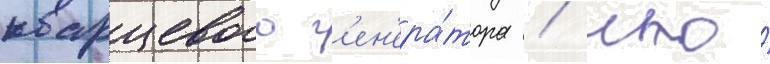
кварцевого г'ен'ера́тора / что́